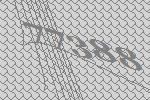
77388